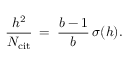
\frac { h ^ { 2 } } { N _ { \mathrm { c i t } } } \: = \: \frac { b - 1 } { b } \, \sigma ( h ) .